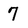
Character: 7